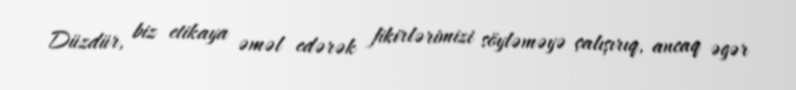
Düzdür, biz etikaya əməl edərək fikirlərimizi söyləməyə çalışırıq, ancaq əgər